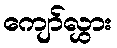
ကျော်လွှား